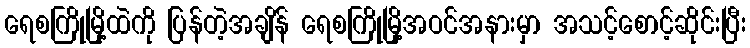
ရေစကြိုမြို့ထဲကို ပြန်တဲ့အချိန် ရေစကြိုမြို့အဝင်အနားမှာ အသင့်စောင့်ဆိုင်းပြီး